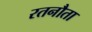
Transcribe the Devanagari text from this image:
रतनौता